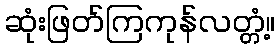
ဆုံးဖြတ်ကြကုန်လတ္တံ့။